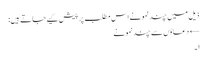
ذیل میں چند نمونے اس مطلب پر پیش کیے جاتے ہیں:
← دعاؤں سے چند نمونے
۱۔